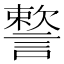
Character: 𧫷